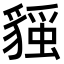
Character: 𧳻